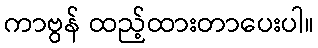
ကာဗွန် ထည့်ထားတာပေးပါ။